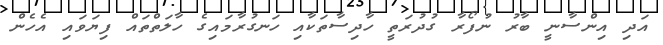
އަދި އިންސާނީ ބާރު ނުފޯރާ ގުދުރަތީ ހާދިސާތަކާއި ހަނގުރާމައިގެ ހާލަތްތައް ފިޔަވައި އެހެން